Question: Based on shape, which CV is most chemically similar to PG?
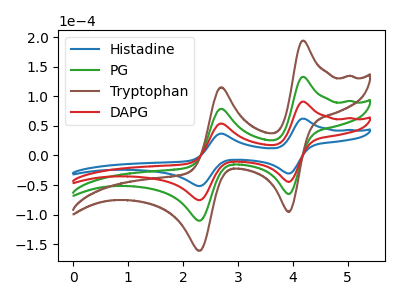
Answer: <think>The blue curve "Histadine" has anodic peaks at (4.20V, 62.30uA) (2.70V, 37.00uA) and cathodic peaks at (3.95V, -30.65uA) (2.30V, -51.75uA). The green curve "PG" has anodic peaks at (4.20V, 182.00uA) (2.70V, 108.10uA) and cathodic peaks at (3.95V, -89.45uA) (2.30V, -151.10uA). The brown curve "Tryptophan" has anodic peaks at (4.20V, 273.00uA) (2.70V, 162.20uA) and cathodic peaks at (3.95V, -134.20uA) (2.30V, -226.65uA). The red curve "DAPG" has anodic peaks at (4.20V, 91.00uA) (2.70V, 54.05uA) and cathodic peaks at (3.95V, -44.75uA) (2.30V, -75.55uA).
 All the peaks in "Histadine" have a peak in "PG" at the same potential. Every peak in "Histadine" is lower than every peak in "PG". All the peaks in "Histadine" have a peak in "Tryptophan" at the same potential. Every peak in "Histadine" is lower than every peak in "Tryptophan". All the peaks in "Histadine" have a peak in "DAPG" at the same potential. Every peak in "Histadine" is lower than every peak in "DAPG". All the peaks in "PG" have a peak in "Tryptophan" at the same potential. Every peak in "PG" is lower than every peak in "Tryptophan". All the peaks in "PG" have a peak in "DAPG" at the same potential. Every peak in "PG" is higher than every peak in "DAPG". All the peaks in "Tryptophan" have a peak in "DAPG" at the same potential. Every peak in "Tryptophan" is higher than every peak in "DAPG".</think>
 <answer>"PG", "Tryptophan" and "DAPG" have a similar shape to "Histadine".</answer>
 <eval>"PG" "Tryptophan" "DAPG"</eval>